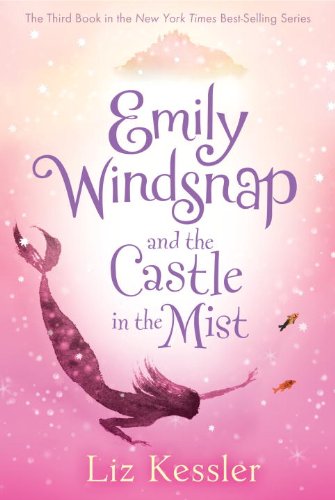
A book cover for Emily Windsnap and the Castle in the Mist; Liz Kessler; Children's Books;